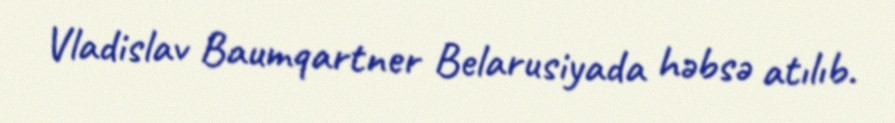
Vladislav Baumqartner Belarusiyada həbsə atılıb.